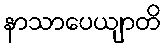
နာသာပေယျာတိ